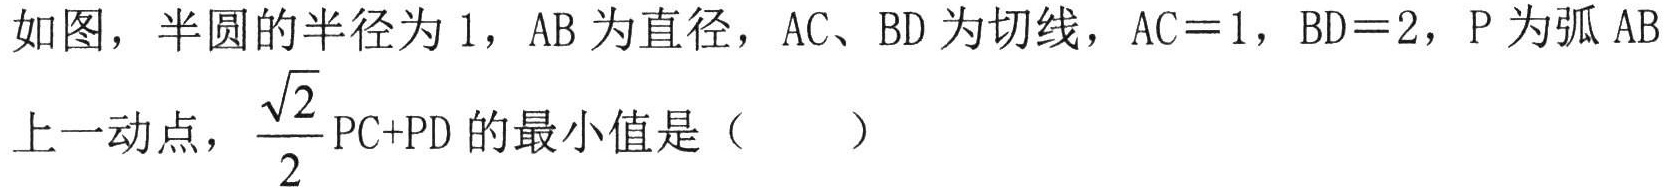
如图，半圆的半径为\(1\)，\(AB\)为直径，\(AC、BD\)为切线，\(AC = 1\)，\(BD = 2\)，\(P\)为弧\(AB\)上一动点，\(\frac{\sqrt{2}}{2}PC + PD\)的最小值是（  ）